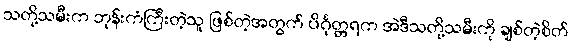
သတို့သမီးက ဘုန်းကံကြီးတဲ့သူ ဖြစ်တဲ့အတွက် ပိင်္ဂုတ္တရက အဲဒီသတို့သမီးကို ချစ်တဲ့စိတ်